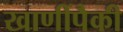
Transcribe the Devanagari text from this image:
खाणींपैकी